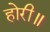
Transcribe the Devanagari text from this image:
होरी॥